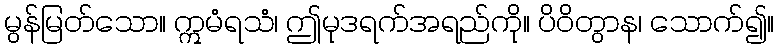
မွန်မြတ်သော။ ဣမံရသံ၊ ဤမုဒရက်အရည်ကို။ ပိဝိတွာန၊ သောက်၍။